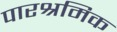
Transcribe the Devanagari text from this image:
पारश्रमिक